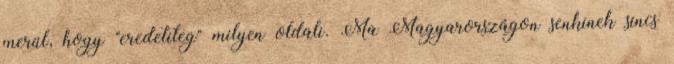
merül, hogy "eredetileg" milyen oldali. Ma Magyarországon senkinek sincs